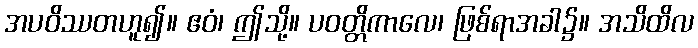
အပဝိဿတဟူ၍။ ဧဝံ၊ ဤသို့။ ပဝတ္တိကာလေ၊ ဖြစ်ရာအခါ၌။ အသိထိလ